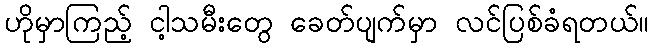
ဟိုမှာကြည့် ငါ့သမီးတွေ ခေတ်ပျက်မှာ လင်ပြစ်ခံရတယ်။